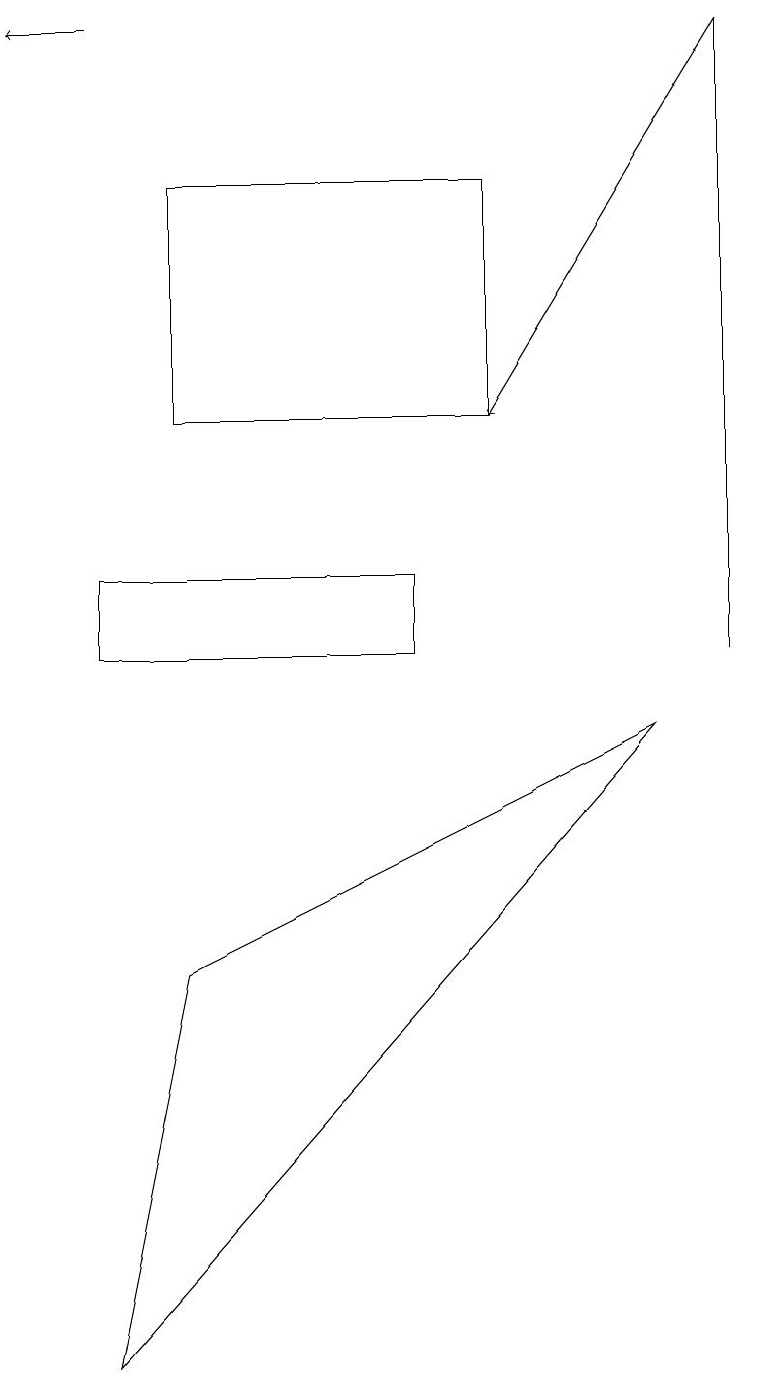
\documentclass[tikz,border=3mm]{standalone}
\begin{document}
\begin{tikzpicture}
\draw (2,6) -- (8,9) -- (1,1) -- cycle;
\draw (9,10) rectangle (9,18);
\draw (2,13) rectangle (6,16);
\draw[->] (9,18) -- (6,13);
\draw (5,10) rectangle (1,11);
\draw[->] (1,18) -- (0,18);
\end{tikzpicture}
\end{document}